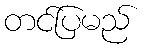
တင်ပြမည်